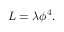
{ \cal L } = \lambda \phi ^ { 4 } .